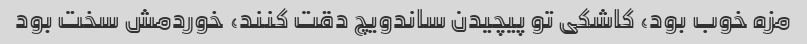
مزه خوب بود، کاشکی تو پیچیدن ساندویچ دقت کنند، خوردمش سخت بود